Report of the Imperial Institute of Veterinary Research, Muktesar
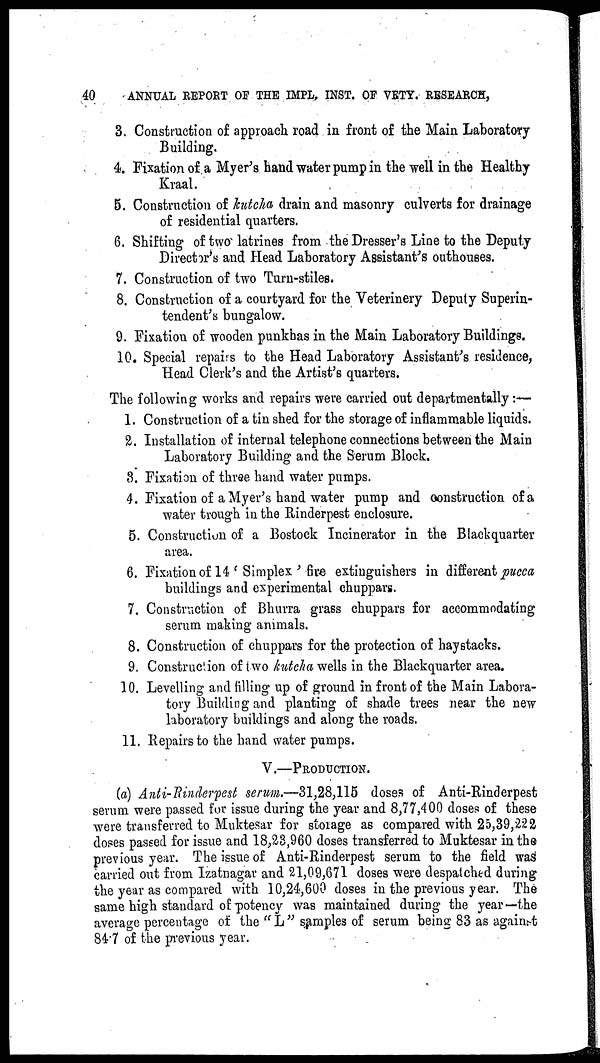
40
ANNUAL REPORT OF THE IMPL. INST. OF VETY. RESEARCH,
3. Construction of approach road in front of the Main Laboratory
Building.
4. Fixation of a Myer's hand water pump in the well in the Healthy
Kraal.
5. Construction of kutcha drain and masonry culverts for drainage
of residential quarters.
6. Shifting of two latrines from the Dresser's Line to the Deputy
Director's and Head Laboratory Assistant's outhouses.
7. Construction of two Turn-stiles.
8. Construction of a courtyard for the Veterinery Deputy Superin-
tendent's bungalow.
9. Fixation of wooden punkhas in the Main Laboratory Buildings.
10. Special repairs to the Head Laboratory Assistant's residence,
Head Clerk's and the Artist's quarters.
The following works and repairs were carried out departmentally :—
1. Construction of a tin shed for the storage of inflammable liquids.
2. Installation of internal telephone connections between the Main
Laboratory Building and the Serum Block.
3. Fixation of three hand water pumps.
4. Fixation of a Myer's hand water pump and construction of a
water trough in the Rinderpest enclosure.
5. Construction of a Bostock Incinerator in the Blackquarter
area.
6. Fixation of 14 ' Simplex ' fire extinguishers in different pucca
buildings and experimental chuppars.
7. Construction of Bhurra grass chuppars for accommodating
serum making animals.
8. Construction of chuppars for the protection of haystacks.
9. Construction of two kutcha wells in the Blackquarter area.
10. Levelling and filling up of ground in front of the Main Labora-
tory Building and planting of shade trees near the new
laboratory buildings and along the roads.
11. Repairs to the hand water pumps.
V.—PRODUCTION.
(a) Anti-Rinderpest serum.—31,28,115 doses of Anti-Rinderpest
serum were passed for issue during the year and 8,77,400 doses of these
were transferred to Muktesar for storage as compared with 25,39,222
doses passed for issue and 18,23,960 doses transferred to Muktesar in the
previous year. The issue of Anti-Rinderpest serum to the field was
carried out from Izatnagar and 21,09,671 doses were despatched during
the year as compared with 10,24,600 doses in the previous year. The
same high standard of potency was maintained during the year—the
average percentage of the " L " samples of serum being 83 as against
84.7 of the previous year.